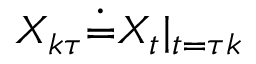
{ X } _ { k \tau } \dot { = } { X } _ { t } \vert { _ { t = \tau k } }